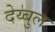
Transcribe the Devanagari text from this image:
देय्बुल